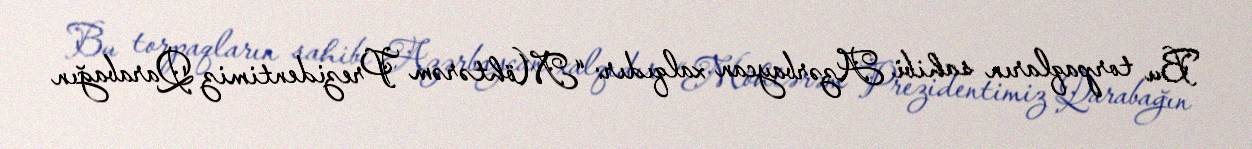
Bu torpaqların sahibi Azərbaycan xalqıdır: “Möhtərəm Prezidentimiz Qarabağın